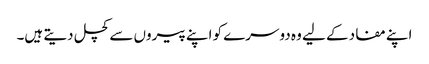
اپنے مفاد کے لیے وہ دوسرے کو اپنے پیروں سے کچل دیتے ہیں۔